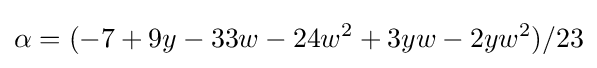
\alpha =(-7+9y-33w-24w^{2}+3yw-2yw^{2})/23